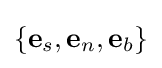
\left\{\mathbf {e} _{s},\mathbf {e} _{n},\mathbf {e} _{b}\right\}